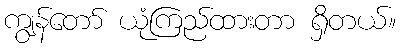
ကျွန်တော် ယုံကြည်ထားတာ ရှိတယ်။